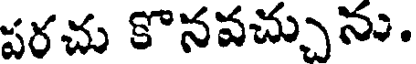
పరచు కొనవచ్చును.